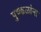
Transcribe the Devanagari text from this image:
पुष्कळांना